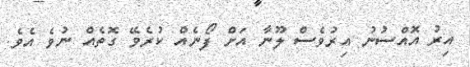
އިރު އޮއްސުނު އިރުވެސް ލޫނާ އަށް ފޯނެއް ކުރެވޭ ގޮތެއް ނުވެ އެވެ.